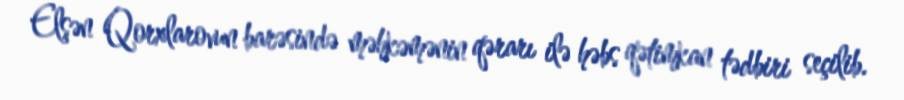
Elşən Qorxlarovun barəsində məhkəmənin qərarı ilə həbs qətimkan tədbiri seçilib.